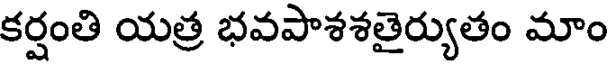
కర్షంతి యత్ర భవపాశశతైర్యుతం మాం